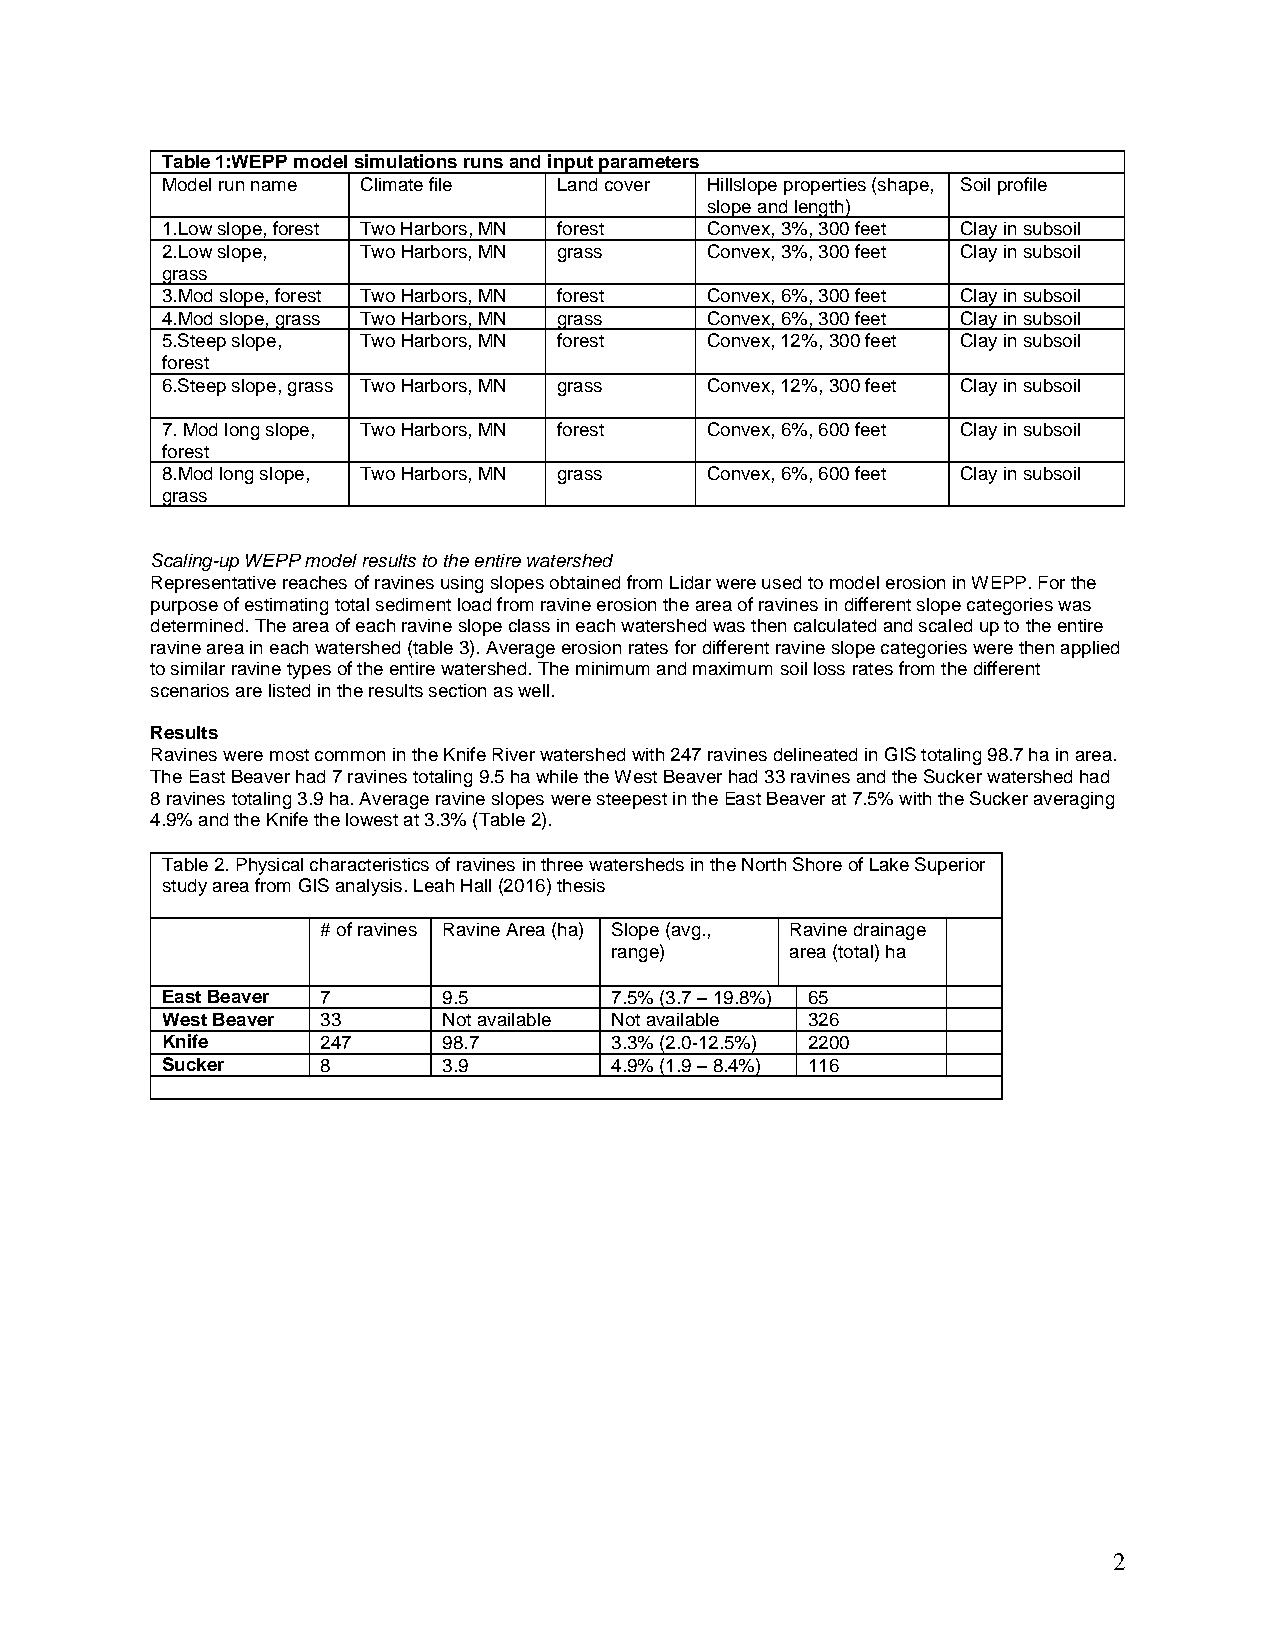
Table 1:WEPP model simulations runs and input parameters
 Model run name Climate file Land cover Hillslope properties (shape, Soil profile
 slope and length)
 1.Low slope, forest Two Harbors, MN forest Convex, 3%, 300 feet Clay in subsoil
 2.Low slope, Two Harbors, MN grass  Convex, 3%, 300 feet Clay in subsoil
 grass
 3.Mod slope, forest Two Harbors, MN forest Convex, 6%, 300 feet Clay in subsoil
 4.Mod slope, grass Two Harbors, MN grass Convex, 6%, 300 feet Clay in subsoil
 5.Steep slope, Two Harbors, MN forest Convex, 12%, 300 feet Clay in subsoil
 forest
 6.Steep slope, grass Two Harbors, MN grass Convex, 12%, 300 feet Clay in subsoil
 7. Mod long slope, Two Harbors, MN forest Convex, 6%, 600 feet Clay in subsoil
 forest
 8.Mod long slope, Two Harbors, MN grass Convex, 6%, 600 feet Clay in subsoil
 grass
 Scaling-up WEPP model results to the entire watershed
 Representative reaches of ravines using slopes obtained from Lidar were used to model erosion in WEPP. For the
 purpose of estimating total sediment load from ravine erosion the area of ravines in different slope categories was
 determined. The area of each ravine slope class in each watershed was then calculated and scaled up to the entire
 ravine area in each watershed (table 3). Average erosion rates for different ravine slope categories were then applied
 to similar ravine types of the entire watershed. The minimum and maximum soil loss rates from the different
 scenarios are listed in the results section as well.
 Results
 Ravines were most common in the Knife River watershed with 247 ravines delineated in GIS totaling 98.7 ha in area.
 The East Beaver had 7 ravines totaling 9.5 ha while the West Beaver had 33 ravines and the Sucker watershed had
 8 ravines totaling 3.9 ha. Average ravine slopes were steepest in the East Beaver at 7.5% with the Sucker averaging
 4.9% and the Knife the lowest at 3.3% (Table 2).
 Table 2. Physical characteristics of ravines in three watersheds in the North Shore of Lake Superior
 study area from GIS analysis. Leah Hall (2016) thesis
 # of ravines Ravine Area (ha) Slope (avg., Ravine drainage
 range)      area (total) ha
 East Beaver 7     9.5        7.5% (3.7 – 19.8%) 65
 West Beaver 33    Not available Not available 326
 Knife     247     98.7       3.3% (2.0-12.5%) 2200
 Sucker    8       3.9        4.9% (1.9 – 8.4%) 116
 2